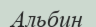
Альбин